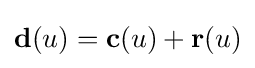
\mathbf {d} (u)=\mathbf {c} (u)+\mathbf {r} (u)